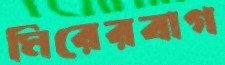
মিরেরবাগ